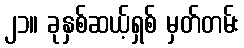
၂၁။ ခုနှစ်ဆယ့်ရှစ် မှတ်တမ်း